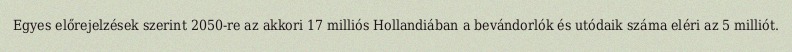
Egyes előrejelzések szerint 2050-re az akkori 17 milliós Hollandiában a bevándorlók és utódaik száma eléri az 5 milliót.